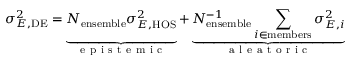
\sigma _ { E , \mathrm { D E } } ^ { 2 } = \underbrace { \vphantom { \sum _ { i \in \mathrm { m e m b e r s } } } N _ { \mathrm { e n s e m b l e } } \sigma _ { E , \mathrm { H O S } } ^ { 2 } } _ { \mathrm { ~ e ~ p ~ i ~ s ~ t ~ e ~ m ~ i ~ c ~ } } + \underbrace { N _ { \mathrm { e n s e m b l e } } ^ { - 1 } \sum _ { i \in \mathrm { m e m b e r s } } \sigma _ { E , i } ^ { 2 } } _ { \mathrm { ~ a ~ l ~ e ~ a ~ t ~ o ~ r ~ i ~ c ~ } }